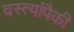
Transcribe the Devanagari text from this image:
वस्त्यांपैकी